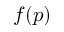
f ( p )